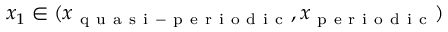
x _ { 1 } \in ( x _ { \mathrm { ~ q ~ u ~ a ~ s ~ i ~ - ~ p ~ e ~ r ~ i ~ o ~ d ~ i ~ c ~ } } , x _ { \mathrm { ~ p ~ e ~ r ~ i ~ o ~ d ~ i ~ c ~ } } )